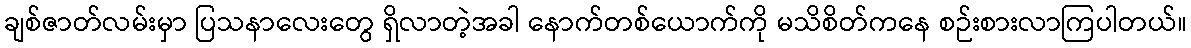
ချစ်ဇာတ်လမ်းမှာ ပြသနာလေးတွေ ရှိလာတဲ့အခါ နောက်တစ်ယောက်ကို မသိစိတ်ကနေ စဉ်းစားလာကြပါတယ်။